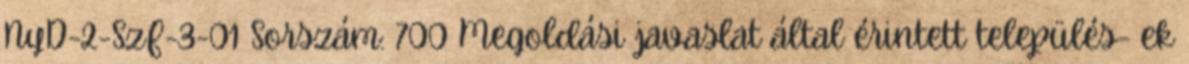
NyD-2-SzF-3-01 Sorszám: 700 Megoldási javaslat által érintett település- ek